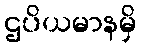
ဌပိယမာနမှိ